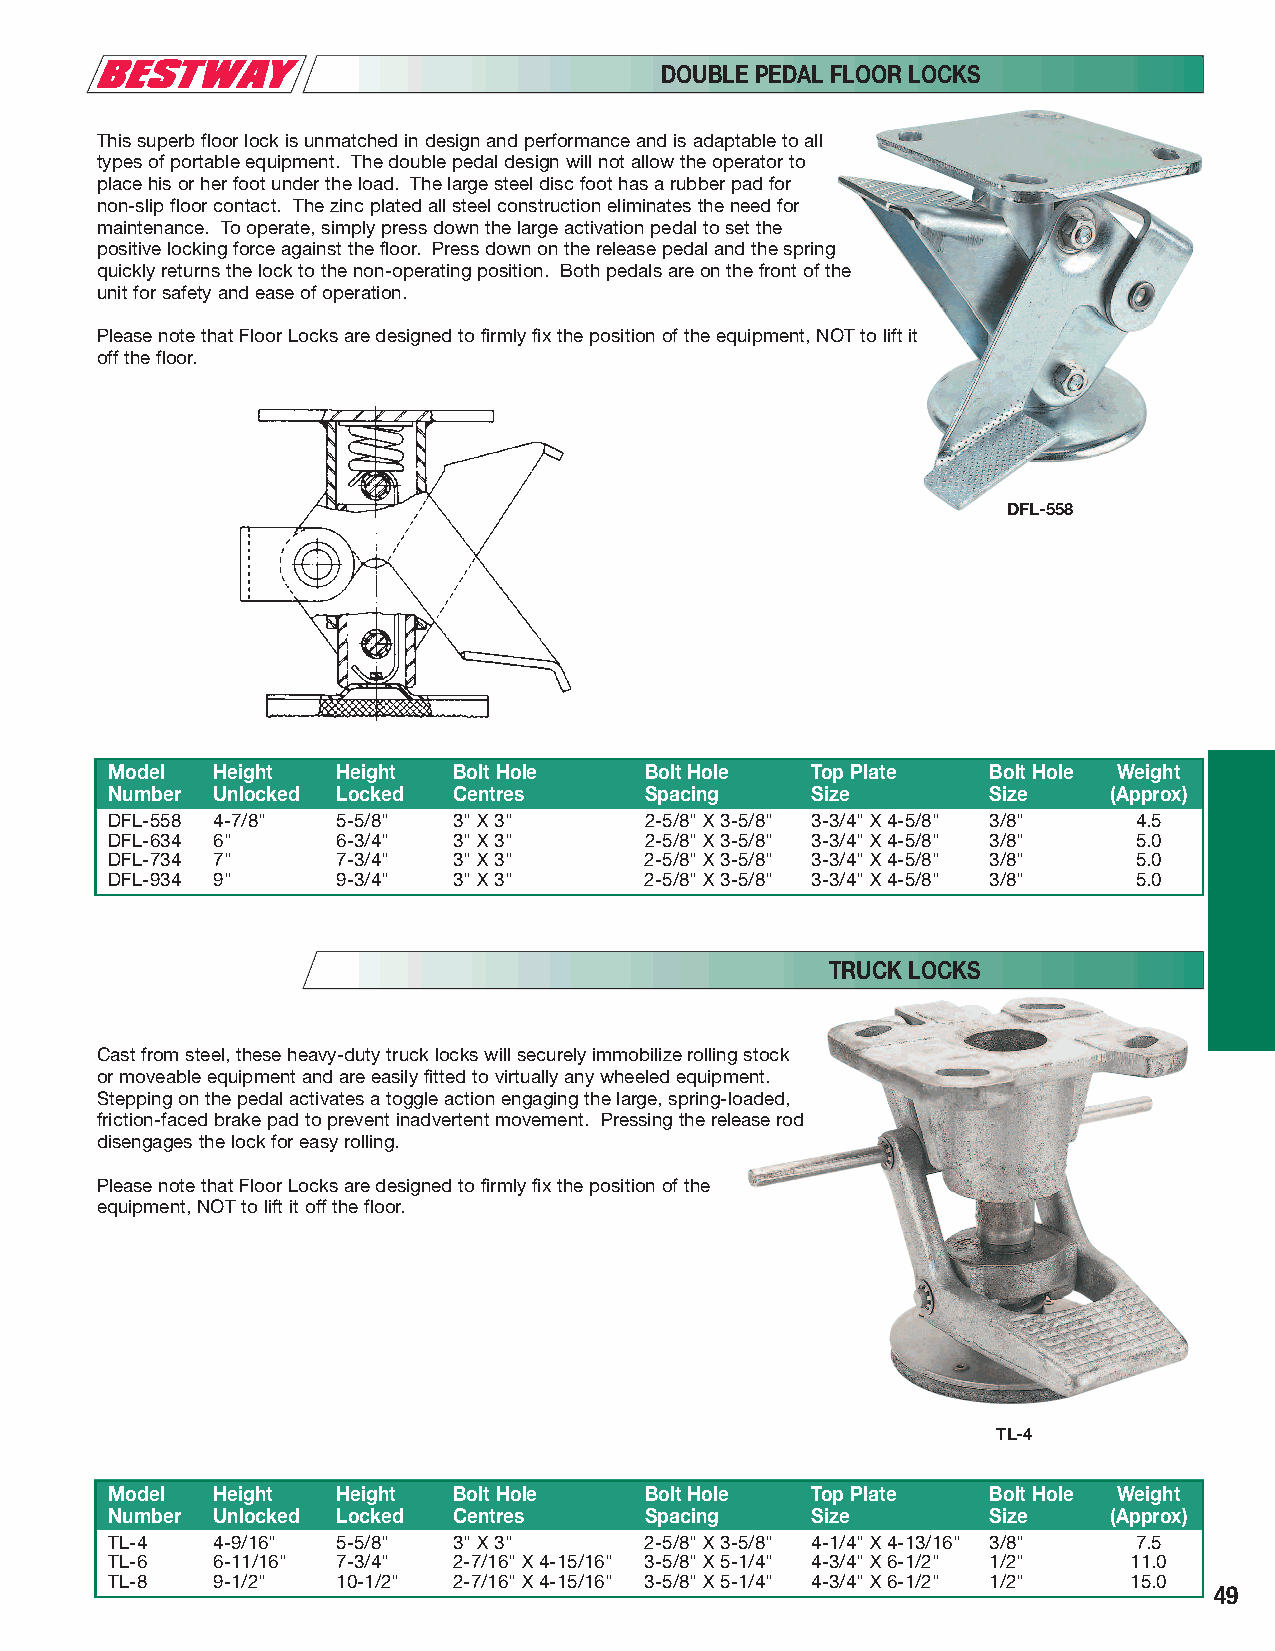
DOUBLE PEDAL FLOOR LOCKS
 This superb floor lock is unmatched in design and performance and is adaptable to all
 types of portable equipment. The double pedal design will not allow the operator to
 place his or her foot under the load. The large steel disc foot has a rubber pad for
 non-slip floor contact. The zinc plated all steel construction eliminates the need for
 maintenance. To operate, simply press down the large activation pedal to set the
 positive locking force against the floor. Press down on the release pedal and the spring
 quickly returns the lock to the non-operating position. Both pedals are on the front of the
 unit for safety and ease of operation.
 Please note that Floor Locks are designed to firmly fix the position of the equipment, NOT to lift it
 off the floor.
 DFL-558
 Model  Height  Height  Bolt Hole    Bolt Hole  Top Plate  Bolt Hole Weight
 Number Unlocked Locked Centres      Spacing    Size       Size     (Approx)
 DFL-558 4-7/8" 5-5/8"  3" X 3"      2-5/8" X 3-5/8" 3-3/4" X 4-5/8" 3/8" 4.5
 DFL-634 6"     6-3/4"  3" X 3"      2-5/8" X 3-5/8" 3-3/4" X 4-5/8" 3/8" 5.0
 DFL-734 7"     7-3/4"  3" X 3"      2-5/8" X 3-5/8" 3-3/4" X 4-5/8" 3/8" 5.0
 DFL-934 9"     9-3/4"  3" X 3"      2-5/8" X 3-5/8" 3-3/4" X 4-5/8" 3/8" 5.0
 TRUCK LOCKS
 Cast from steel, these heavy-duty truck locks will securely immobilize rolling stock
 or moveable equipment and are easily fitted to virtually any wheeled equipment.
 Stepping on the pedal activates a toggle action engaging the large, spring-loaded,
 friction-faced brake pad to prevent inadvertent movement. Pressing the release rod
 disengages the lock for easy rolling.
 Please note that Floor Locks are designed to firmly fix the position of the
 equipment, NOT to lift it off the floor.
 TL-4
 Model  Height  Height  Bolt Hole    Bolt Hole  Top Plate  Bolt Hole Weight
 Number Unlocked Locked Centres      Spacing    Size       Size     (Approx)
 TL-4   4-9/16" 5-5/8"  3" X 3"      2-5/8" X 3-5/8" 4-1/4" X 4-13/16" 3/8" 7.5
 TL-6   6-11/16" 7-3/4" 2-7/16" X 4-15/16" 3-5/8" X 5-1/4" 4-3/4" X 6-1/2" 1/2" 11.0
 TL-8   9-1/2"  10-1/2" 2-7/16" X 4-15/16" 3-5/8" X 5-1/4" 4-3/4" X 6-1/2" 1/2" 15.0
 49